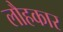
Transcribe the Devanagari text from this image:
लौहकार